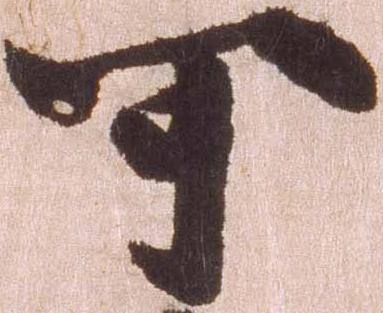
可